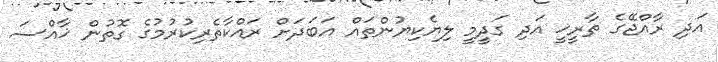
އަދި ރާއްޖޭގެ ތާރީޚީ އަދި ގަދީމީ ލިޔެކިޔުންތައް އަބަދަށް ރައްކާތެރިކުރުމުގެ ގޮތުން ޚާއްސަ